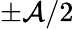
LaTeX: \pm\mathcal{A}/2